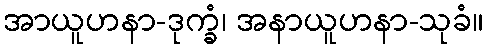
အာယူဟနာ-ဒုက္ခံ၊ အနာယူဟနာ-သုခံ။